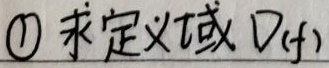
\textcircled{1} 求定义域 \(D(f)\)